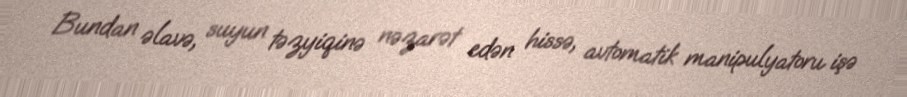
Bundan əlavə, suyun təzyiqinə nəzarət edən hissə, avtomatik manipulyatoru işə